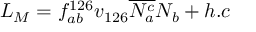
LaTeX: { \cal L } _ { M } = f _ { a b } ^ { 1 2 6 } v _ { 1 2 6 } \overline { { { N _ { a } ^ { c } } } } N _ { b } + h . c